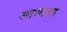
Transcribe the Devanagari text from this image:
आणाला